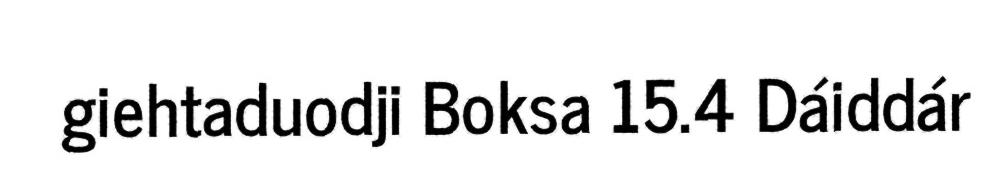
giehtaduodji Boksa 15.4 Dáiddár